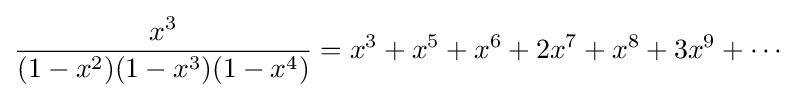
{\frac {x^{3}}{(1-x^{2})(1-x^{3})(1-x^{4})}}=x^{3}+x^{5}+x^{6}+2x^{7}+x^{8}+3x^{9}+\cdots